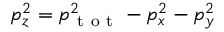
p _ { z } ^ { 2 } = p _ { \mathrm { ~ t ~ o ~ t ~ } } ^ { 2 } - p _ { x } ^ { 2 } - p _ { y } ^ { 2 }